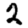
Digit: 2